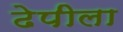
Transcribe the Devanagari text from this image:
ढेपीला